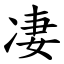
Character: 凄